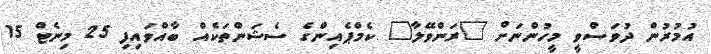
އުމުރުން ދުވަސްވީ މީހުންނަށް "ރަންވޭލާ" ކެމްޕެއިންގެ ސެޝަންތަކެއް ބާއްވައިފި 25 މިނެޓް 15